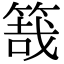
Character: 𥯒